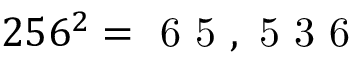
2 5 6 ^ { 2 } = \mathrm { ~ 6 ~ 5 ~ , ~ 5 ~ 3 ~ 6 ~ }